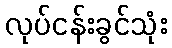
လုပ်ငန်းခွင်သုံး